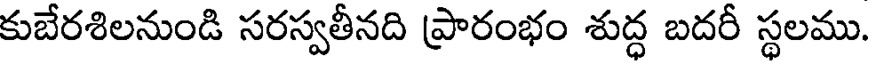
కుబేరశిలనుండి సరస్వతీనది ప్రారంభం శుద్ధ బదరీ స్థలము.